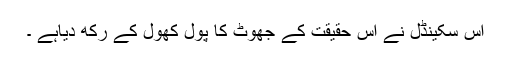
اس سکینڈل نے اس حقیقت کے جھوٹ کا پول کھول کے رکھ دیاہے ۔